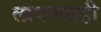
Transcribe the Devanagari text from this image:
लावण्याही